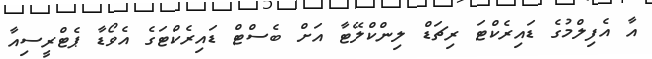
އާ އެފިލްމުގެ ޑައިރެކްޓަ ރިޗަޑް ލިންކްލޭޓާ އަށް ބެސްޓް ޑައިރެކްޓަގެ އެވޯޑާ ޕެޓްރީސިއާ